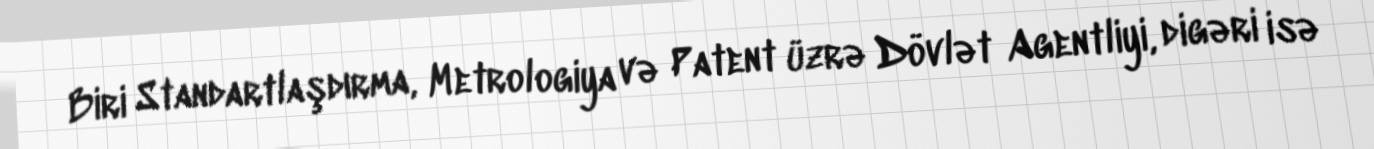
Biri Standartlaşdırma, Metrologiya və Patent üzrə Dövlət Agentliyi, digəri isə